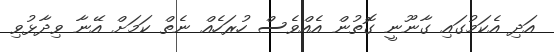
އަދި އެކަމުގައި ގާނޫނީ ގޮތުން އެއްވެސް ހުރަހެއް ނެތް ކަމަށް އޭނާ ވިދާޅުވި